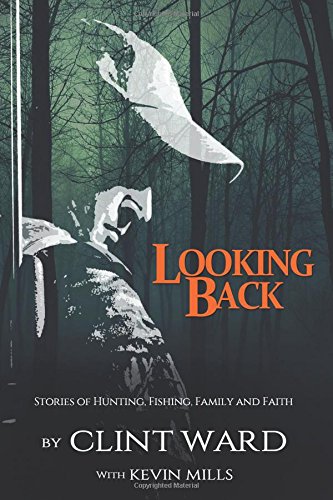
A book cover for Looking Back: Stories of Hunting, Fishing, Family, and Faith; Clint Ward; Sports & Outdoors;